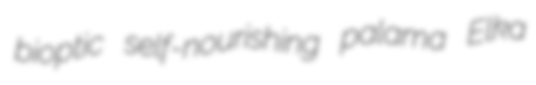
bioptic self-nourishing palama Elka